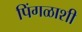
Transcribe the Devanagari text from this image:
पिंगळाशी